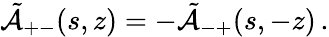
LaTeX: \tilde{{\cal A}}_{+-}(s,z)=-\tilde{{\cal A}}_{-+}(s,-z)\, .